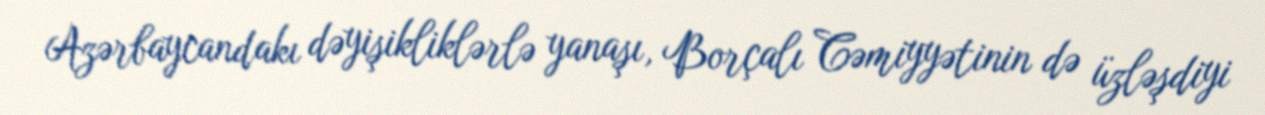
Azərbaycandakı dəyişikliklərlə yanaşı, Borçalı Cəmiyyətinin də üzləşdiyi